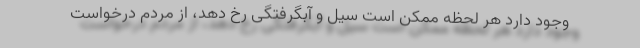
وجود دارد هر لحظه ممکن است سیل و آبگرفتگی رخ دهد، از مردم درخواست